Report of the Hyderabad Chloroform Commission
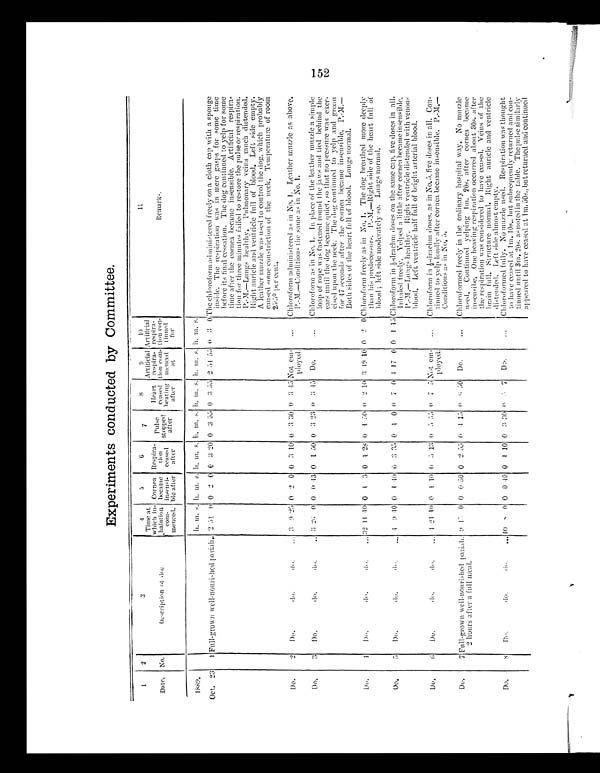
152
Experiments conducted by Committee.
1
Date.
2
No.
3
Description of dog.
4
Time at
which in-
halatinn
coin- m e n c e d .
5
Cornea
became
insensi-
ble after
6
Respir
a-
tion
ceased
after
7
P u l s e s t o p p e d a f t e r
8
Heart
ceased
beating
after
9
Artificial
respira-
tion com-
menced
at
10
Artificial
respira-
tion con-
tinued
for
11
R e m a r k s .
1889.
h. m. s. h. m. s. h. m. s. h. m. s. h. m. s. h. m. s. h. m. s.
Oct. 23
I Full-grown well-nouri-hed pariah. 2 51 0 0 2
0 3 20 0 3 5 5 0 3 5 5 2 5 4 55 0 3
0
The chloroform administered freely on a cloth cap with a sponge
inside. The respiration was in mere gasps for some time
before its final cessation. The dog continued to yelp for some
time after the cornea became insensible. Artificial respira-
tion fur three minutes failed to restore the pulse or respiration.
P.-M.—Lungs healthy. Pulmonary veins much distended.
Right, auricle and ventricle full of blood. Left side empty.
A leather muzzle was used to control the dog, which probably
caused some constriction of the neck. Temperature of room
255º per cent.
Do.
2
Do.
do.
do.
... 3 9 25 0 2 0 0 3 10 0 3 30 0 3 4 5 Not em-
played.
...
Chloroform administered as in No. I. Leather muzzle as above.
P.-M.—Conditions the same as in No. 1.
Do.
3
Do.
do.
do.
.. 3 26 0 0 0 43 0 1
5 0 0
3 2 3 0
3 4 5 Do.
. . .
Chloroform as in No. 1. In place of the leather muzzle a simple
loop of rope was fastened round the jaws and tied behind the
ears until the dog became quiet, so that no pressure was exer-
cised upon the neck. The dog continued to yelp and groan
for 47 seconds after the cornea became insensible. P.-
M . — B o t h s i d e s o f t h e h e a r t f u l l o f b l o o d .
L u n g s n o r m a l .
Do.
4 Do.
do.
do.
... 3 2
1 1
4 0
0 1 3 0 1 28 0 1 50 0 2 10 3 19 10 0 2 0 Chloroform freely as in N o . 1 .
T h e d o g b r e a t h e d
m o r e d e e p l y
than his predecessors. P.-M.—Right side of the heart full of
blood ; left side moderately so. Lungs normal.
Do.
5
Do . d o . d o .
4 9 40 0
1
4 0 0 3 35 0 1 0 0 7 0 1 17 0 0 1 15 Chloroform in ½-drachm doses on the same cap, five doses in all.
Inhaled freely. Yelped a little after cornea became insensible.
P.-M.—Lungs healthy. Right ventricle distended with venous
blood. Left ventricle half full of bright arterial blood.
Do.
6
Do.
do.
do.
... 1 21
1 0 0 1 10 0 5 1 3 0 5 5 5 0 7 5 Not em-
ployed.
...
Chloroform in .½ - d r a c h m d o s e s . a s i n N o . 5 , f i v e d o s e s i n a l l .
C o n _
tinned to yelp loudly after cornea became insensible. P.-M.—
Condit ions as in No. 5.
Do.
7 Full-grown well-nourished pariah.
2 hours after a full meal.
9
1 5 0 0 0 50 0 2 5 5 0 4 1 5
0.
6 50 Do.
"'
Chloroformed freely in the. ordinary hospital way„ No muzzle
used. Continued yelping
1 m .
2 0 s . a f t e r
c o r n e a
b e c a m e
insensibe. One heaving respiration occurred about 30s. after
the respiration was considered to have ceased. Veins of the
brain full. Structure normal. Right auricle and ventricle
distended. Left side almost empty.
Do.
8
Do.
do.
d o . 1 0 8 0 0 0 4 0 0 1 10 0 3 3 0
0
3
7
D o .
. . .
Chloroformed fully. No muzzle used. Respiration was thought
to have ceased at lm. 10s.. but subsequently returned and con-
tinued until 3m. 20s. as noted in the table. The pulse similarly
appeared to have ceased at 1m, 30s., but returned and continued